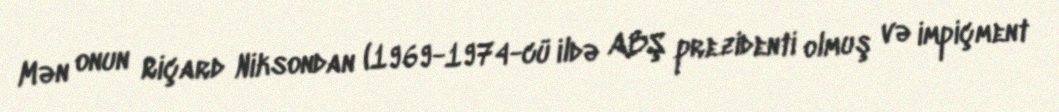
Mən onun Riçard Niksondan (1969-1974-cü ildə ABŞ prezidenti olmuş və impiçment